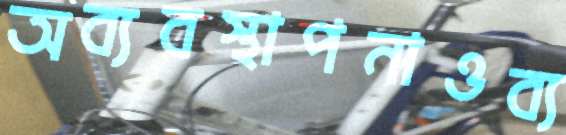
অব্যবস্থাপনাওব্য